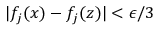
| f _ { j } ( x ) - f _ { j } ( z ) | < \epsilon / 3